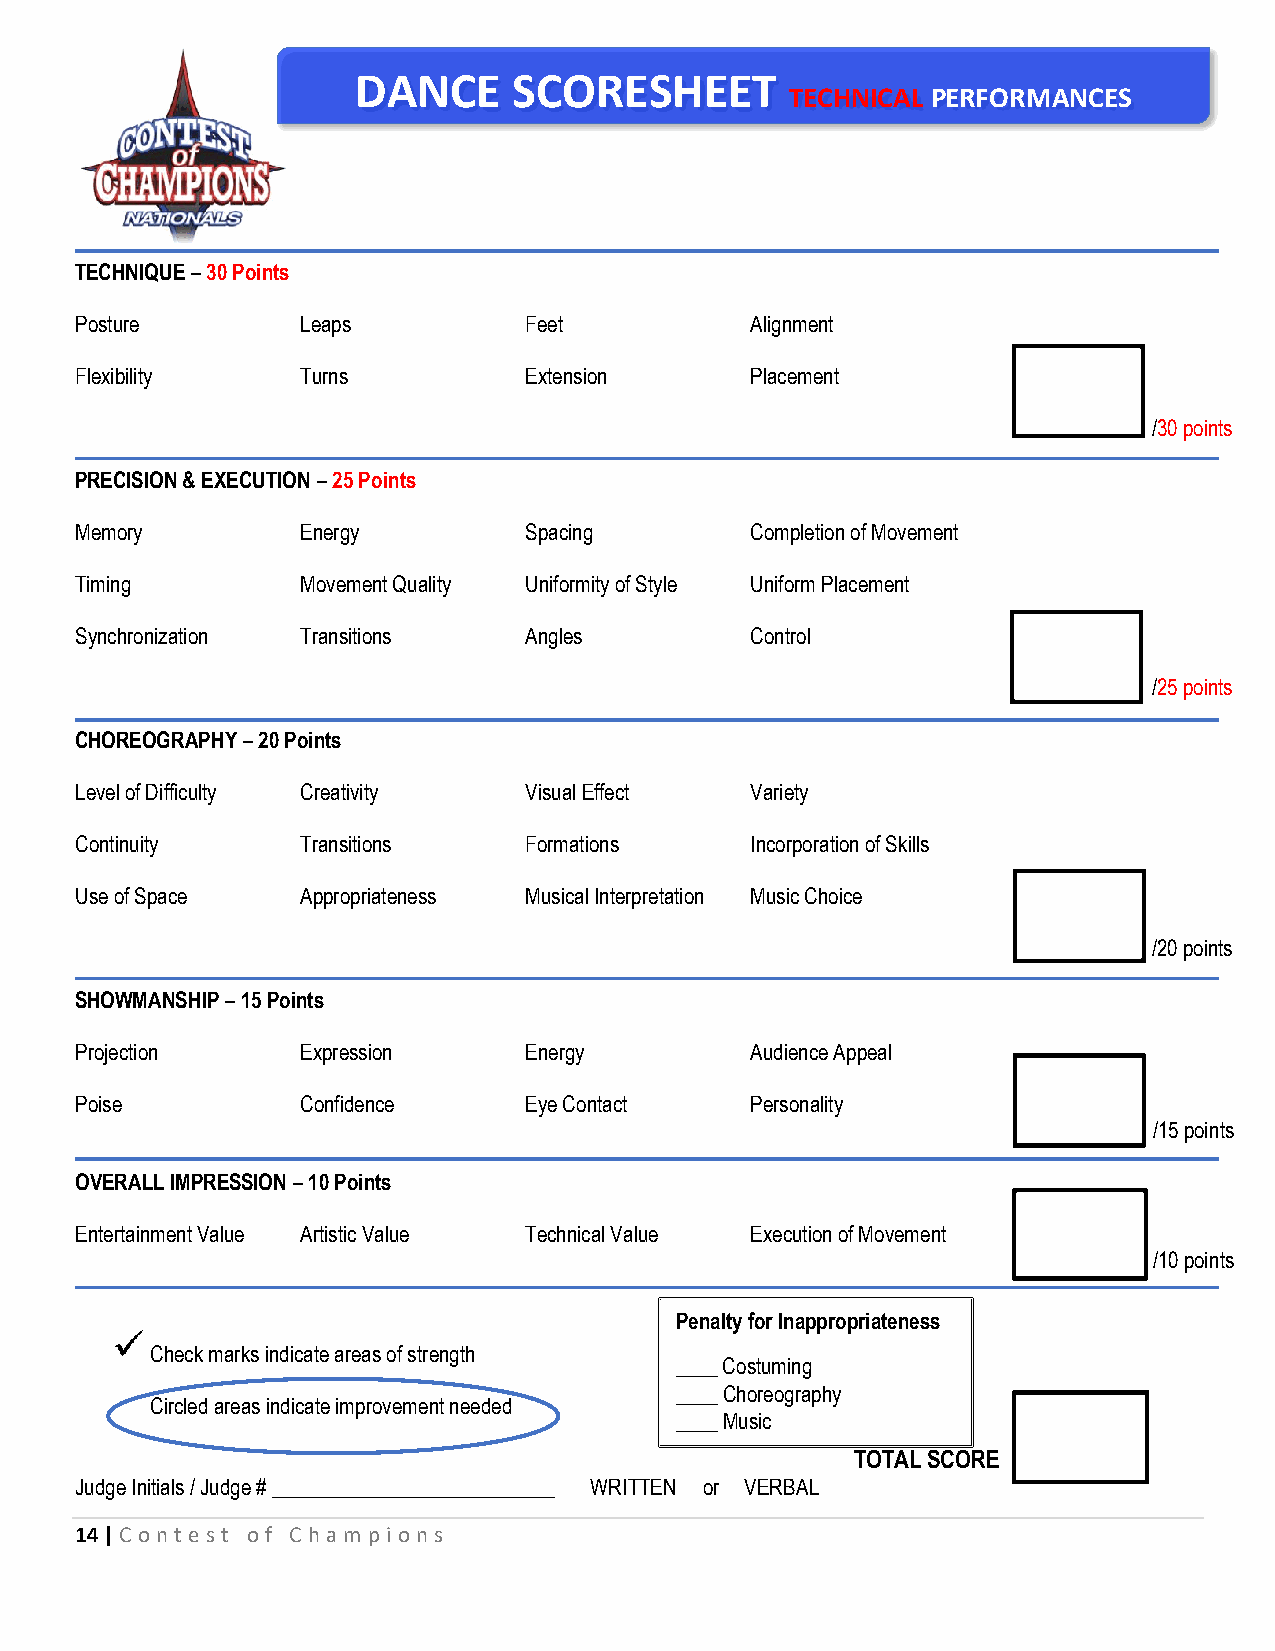
DANCE      SCORESHEET
 TECHNICAL PERFORMANCES
 TECHNIQUE – 30 Points
 Posture        Leaps          Feet           Alignment
 Flexibility    Turns          Extension      Placement
 /30 points
 PRECISION & EXECUTION – 25 Points
 Memory         Energy         Spacing        Completion of Movement
 Timing         Movement Quality Uniformity of Style Uniform Placement
 Synchronization Transitions   Angles         Control
 /25 points
 CHOREOGRAPHY – 20 Points
 Level of Difficulty Creativity Visual Effect Variety
 Continuity     Transitions    Formations     Incorporation of Skills
 Use of Space   Appropriateness Musical Interpretation Music Choice
 /20 points
 SHOWMANSHIP – 15 Points
 Projection     Expression     Energy         Audience Appeal
 Poise          Confidence     Eye Contact    Personality
 /15 points
 OVERALL IMPRESSION – 10 Points
 Entertainment Value Artistic Value Technical Value Execution of Movement
 /10 points
 Penalty for Inappropriateness
 Check marks indicate areas of strength
 ____ Costuming
 ____ Choreography
 Circled areas indicate improvement needed
 ____ Music
 TOTAL SCORE
 Judge Initials / Judge # ___________________________ WRITTEN or VERBAL
 14 | C ont e st of C hampions